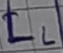
Text: LL